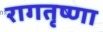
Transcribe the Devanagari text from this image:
रागतृष्णा